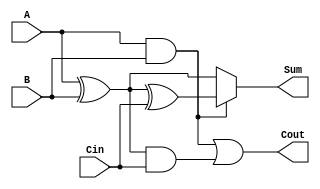
module conditional_sum_full_adder (
    input wire A,      // 1-bit binary input A
    input wire B,      // 1-bit binary input B
    input wire Cin,    // 1-bit carry input
    output wire Sum,   // 1-bit sum output
    output wire Cout   // 1-bit carry output
);

    // Intermediate signals
    wire S1, S2;    // Potential sum outputs
    wire C1, C2;    // Potential carry outputs

    // Compute potential sum and carry when Cin is 0
    assign S1 = A ^ B;          // S1 = A XOR B
    assign C1 = A & B;          // C1 = A AND B

    // Compute potential sum and carry when Cin is 1
    assign S2 = S1 ^ Cin;       // S2 = S1 XOR Cin
    assign C2 = S1 & Cin;       // C2 = S1 AND Cin

    // Final sum output using multiplexer logic
    assign Sum = C1 ? S2 : S1;  // If C1 is true, select S2; otherwise select S1

    // Final carry output
    assign Cout = C1 | C2;      // Cout = C1 OR C2

endmodule